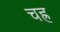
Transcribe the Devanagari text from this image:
चह्र